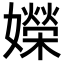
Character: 嬫